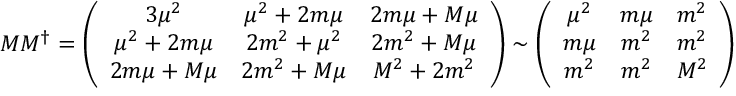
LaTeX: M M ^ { \dag } = \left( \begin{array} { c c c } { { 3 \mu ^ { 2 } } } & { { \mu ^ { 2 } + 2 m \mu } } & { { 2 m \mu + M \mu } } \\ { { \mu ^ { 2 } + 2 m \mu } } & { { 2 m ^ { 2 } + \mu ^ { 2 } } } & { { 2 m ^ { 2 } + M \mu } } \\ { { 2 m \mu + M \mu } } & { { 2 m ^ { 2 } + M \mu } } & { { M ^ { 2 } + 2 m ^ { 2 } } } \end{array} \right) \sim \left( \begin{array} { c c c } { { \mu ^ { 2 } } } & { { m \mu } } & { { m ^ { 2 } } } \\ { { m \mu } } & { { m ^ { 2 } } } & { { m ^ { 2 } } } \\ { { m ^ { 2 } } } & { { m ^ { 2 } } } & { { M ^ { 2 } } } \end{array} \right)